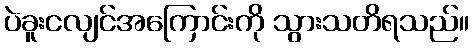
ပဲခူးငလျင်အကြောင်းကို သွားသတိရသည်။